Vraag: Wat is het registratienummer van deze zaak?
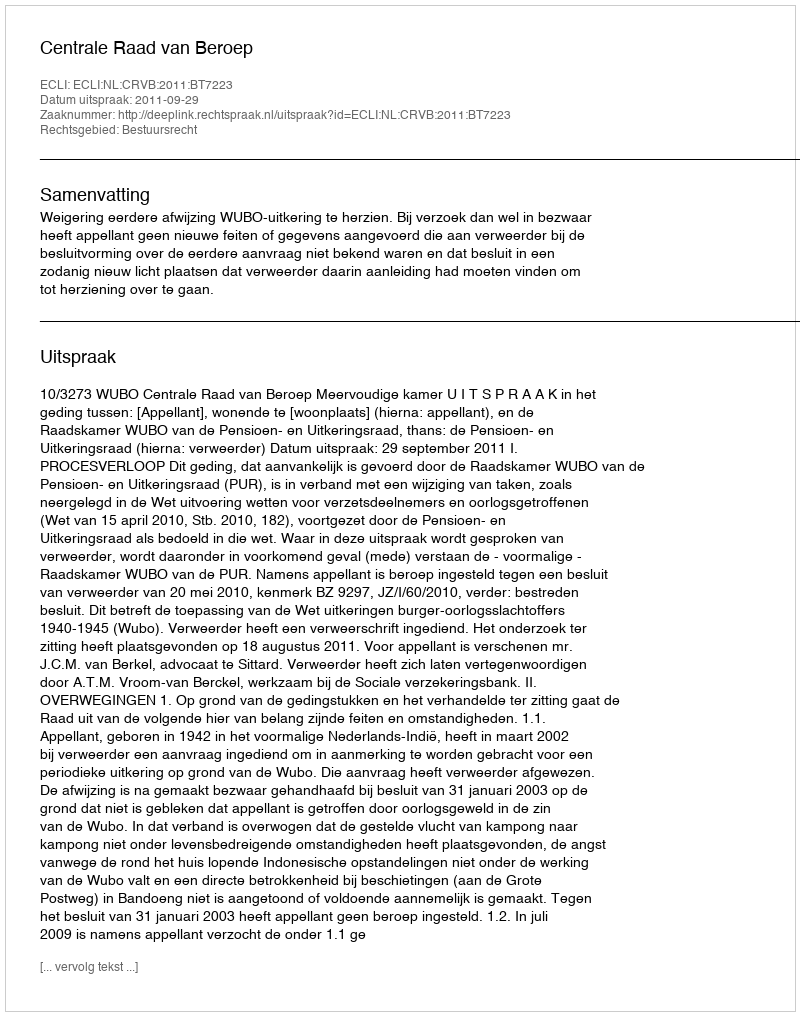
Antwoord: http://deeplink.rechtspraak.nl/uitspraak?id=ECLI:NL:CRVB:2011:BT7223